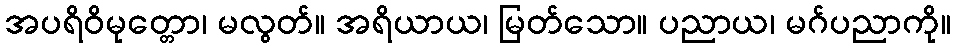
အပရိဝိမုတ္တော၊ မလွတ်။ အရိယာယ၊ မြတ်သော။ ပညာယ၊ မဂ်ပညာကို။